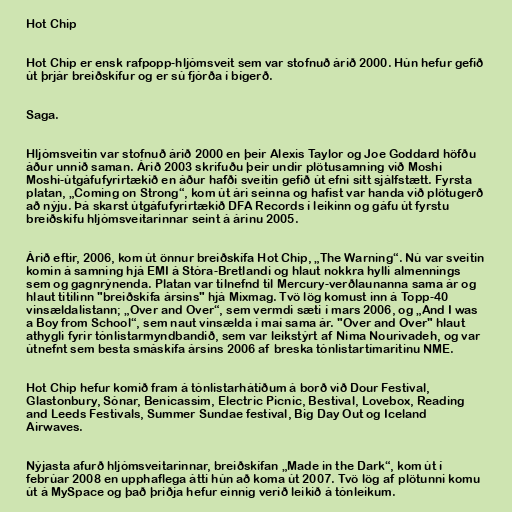
Hot Chip

Hot Chip er ensk rafpopp-hljómsveit sem var stofnuð árið 2000. Hún hefur gefið
út þrjár breiðskífur og er sú fjórða í bígerð.

Saga.

Hljómsveitin var stofnuð árið 2000 en þeir Alexis Taylor og Joe Goddard höfðu
áður unnið saman. Árið 2003 skrifuðu þeir undir plötusamning við Moshi
Moshi-útgáfufyrirtækið en áður hafði sveitin gefið út efni sitt sjálfstætt. Fyrsta
platan, „Coming on Strong“, kom út ári seinna og hafist var handa við plötugerð
að nýju. Þá skarst útgáfufyrirtækið DFA Records í leikinn og gáfu út fyrstu
breiðskífu hljómsveitarinnar seint á árinu 2005.

Árið eftir, 2006, kom út önnur breiðskífa Hot Chip, „The Warning“. Nú var sveitin
komin á samning hjá EMI á Stóra-Bretlandi og hlaut nokkra hylli almennings
sem og gagnrýnenda. Platan var tilnefnd til Mercury-verðlaunanna sama ár og
hlaut titilinn "breiðskífa ársins" hjá Mixmag. Tvö lög komust inn á Topp-40
vinsældalistann; „Over and Over“, sem vermdi sæti í mars 2006, og „And I was
a Boy from School“, sem naut vinsælda í maí sama ár. "Over and Over" hlaut
athygli fyrir tónlistarmyndbandið, sem var leikstýrt af Nima Nourivadeh, og var
útnefnt sem besta smáskífa ársins 2006 af breska tónlistartímaritinu NME.

Hot Chip hefur komið fram á tónlistarhátíðum á borð við Dour Festival,
Glastonbury, Sónar, Benicassim, Electric Picnic, Bestival, Lovebox, Reading
and Leeds Festivals, Summer Sundae festival, Big Day Out og Iceland
Airwaves.

Nýjasta afurð hljómsveitarinnar, breiðskífan „Made in the Dark“, kom út í
febrúar 2008 en upphaflega átti hún að koma út 2007. Tvö lög af plötunni komu
út á MySpace og það þriðja hefur einnig verið leikið á tónleikum.